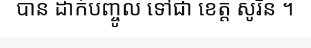
បាន ដាក់បញ្ចូល ទៅជា ខេត្ត សូរិន ។